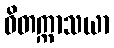
ဝိတက္ကာသယာ